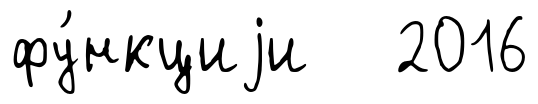
фу́нкциjи 2016